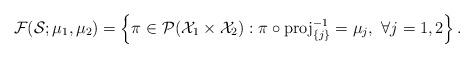
LaTeX: \begin{align*}\mathcal{F} (\mathcal{S};\mu_1, \mu_2) = \left\{ \pi \in \mathcal{P}(\mathcal{X}_1 \times \mathcal{X}_2): \pi \circ \operatorname{proj}_{\{j\}}^{-1} = \mu_j, \ \forall j = 1, 2 \right\}.\end{align*}